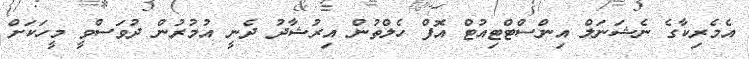
އެމެރިކާގެ ނެޝަނަލް އިންސްޓްޓިއުޓް އޮފް ހެލްތުން އިރުޝާދު ދެނީ އުމުރުން ދުވަސްވީ މީހަކަށް